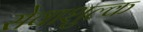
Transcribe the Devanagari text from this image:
सेवाशुल्क